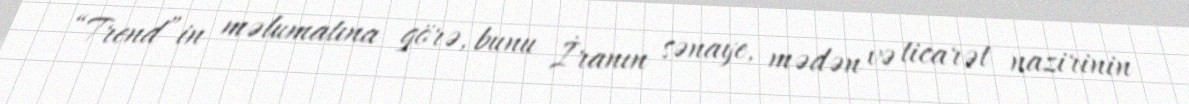
“Trend”in məlumatına görə, bunu İranın sənaye, mədən və ticarət nazirinin